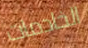
الخادمات